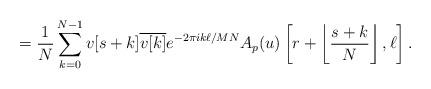
LaTeX: \begin{align*} = \frac{1}{N} \sum_{k=0}^{N-1} v[s+k] \overline{v[k]} e^{-2 \pi i k \ell / MN} A_p(u)\left[r+\left\lfloor\frac{s+k}{N}\right\rfloor, \ell\right].\end{align*}